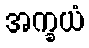
အက္ခယံ